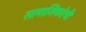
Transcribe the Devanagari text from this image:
सामाजिकतेची